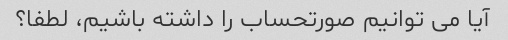
آیا می توانیم صورتحساب را داشته باشیم، لطفا؟